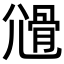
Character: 𡰊